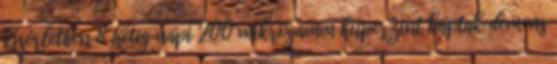
kísérletben 8 hétig napi 200 mikrogamm huperzint kaptak demens